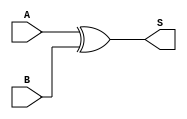
module Sum (S, A, B);

	input A, B;
	output S;

	xor x1 (S, A, B);

endmodule